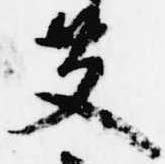
艾